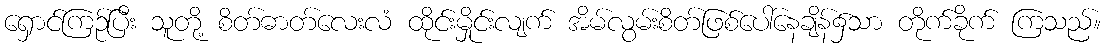
ရှောင်ကြဉ်ပြီး သူတို့ စိတ်ဓာတ်လေးလံ ထိုင်းမှိုင်းလျက် အိမ်လွမ်းစိတ်ဖြစ်ပေါ်နေချိန်၌သာ တိုက်ခိုက် ကြသည်။